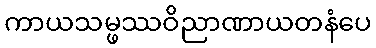
ကာယသမ္ဖဿဝိညာဏာယတနံပေ